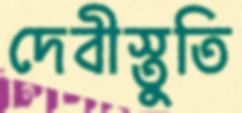
দেবীস্তুতি